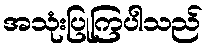
အသုံးပြုကြပါသည်